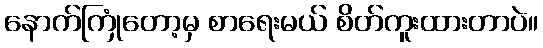
နောက်ကြုံတော့မှ စာရေးမယ် စိတ်ကူးထားတာပဲ။